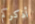
أذكركم